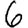
Digit: 6